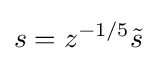
s=z^{-1/5}{\tilde {s}}